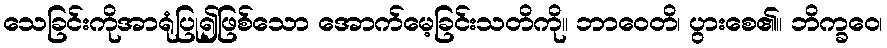
သေခြင်းကိုအာရုံပြု၍ဖြစ်သော အောက်မေ့ခြင်းသတိကို။ ဘာဝေတိ၊ ပွားစေ၏။ ဘိက္ခဝေ၊